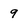
Character: 9